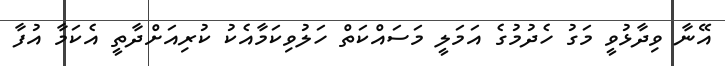
އޭނާ ވިދާޅުވީ މަގު ހެދުމުގެ އަމަލީ މަސައްކަތް ހަލުވިކަމާއެކު ކުރިއަށްދާތީ އެކަމާ އުފާ